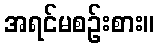
အရင်မစဉ်းစား။